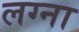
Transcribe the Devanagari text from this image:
लग्ना